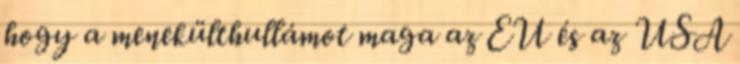
hogy a menekülthullámot maga az EU és az USA